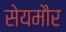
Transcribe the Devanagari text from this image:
सेयमौर